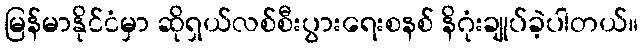
မြန်မာနိုင်ငံမှာ ဆိုရှယ်လစ်စီးပွားရေးစနစ် နိဂုံးချုပ်ခဲ့ပါတယ်။